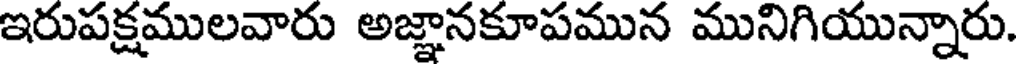
ఇరుపక్షములవారు అజ్ఞానకూపమున మునిగియున్నారు.